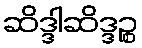
ဆိဒ္ဒါဆိဒ္ဒဉ္စ